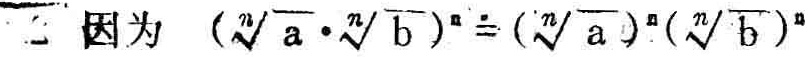
因为 \((\sqrt[n]{a} \cdot \sqrt[n]{b})^n = (\sqrt[n]{a})^n (\sqrt[n]{b})^n\)